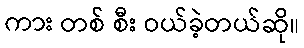
ကား တစ် စီး ဝယ်ခဲ့တယ်ဆို။